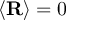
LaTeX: \langle \mathbf { R } \rangle = 0